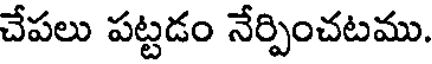
చేపలు పట్టడం నేర్పించటము.